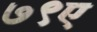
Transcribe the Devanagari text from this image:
७९ए